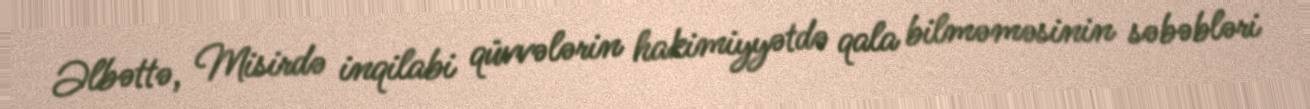
Əlbəttə, Misirdə inqilabi qüvvələrin hakimiyyətdə qala bilməməsinin səbəbləri